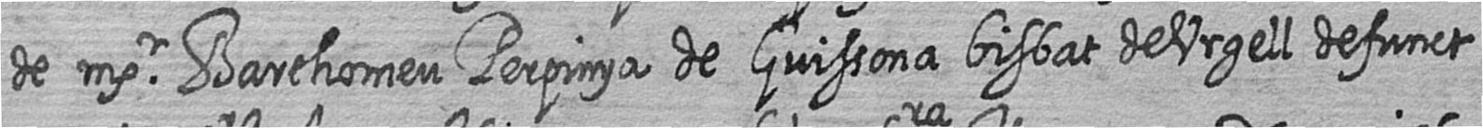
de msr Barthomeu Perpinya de Guissona bisbat de Urgell defunct